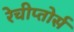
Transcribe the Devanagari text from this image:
रेचीप्तोर्स